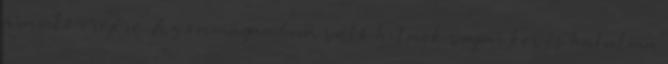
áramló erejére. Az önmagamban való hitnek vajmi kevés hatalma